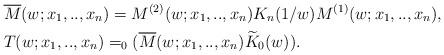
LaTeX: \begin{align*}&\overline{M}(w;x_1,..,x_n)=M^{(2)}(w;x_1,..,x_n) K_n(1/w) M^{(1)}(w;x_1,..,x_n), \\&T(w;x_1,..,x_n)=_0 ( \overline{M}(w;x_1,..,x_n) \widetilde{K}_0 (w) ). \end{align*}